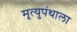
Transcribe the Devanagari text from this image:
मृत्युपंथाला